Account of plague administration in the Bombay Presidency from September 1896 till May 1897
Year: 1896
Disease focus: Plague
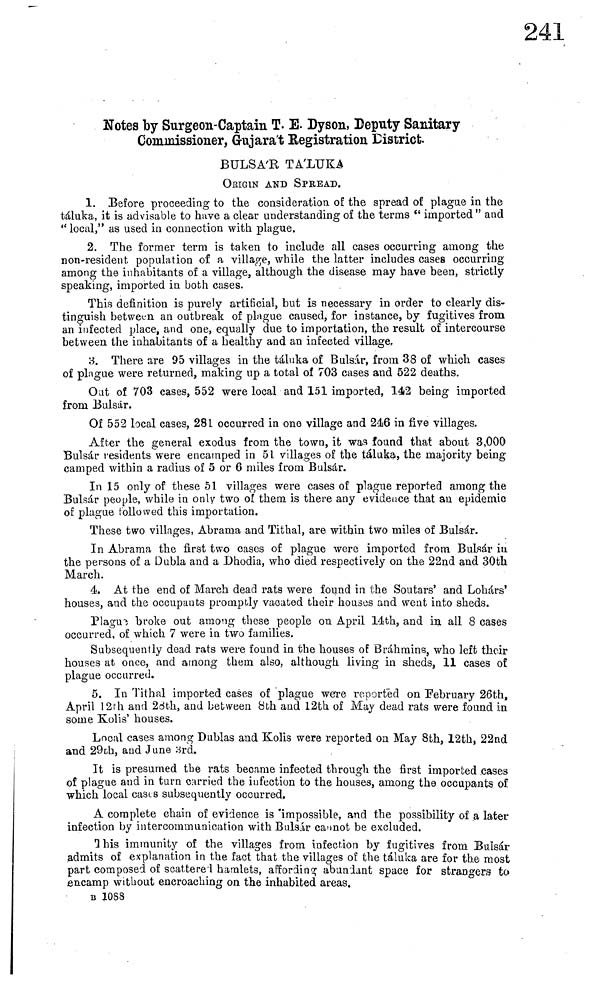
Notes by Surgeon-Captain T. E. Dyson, Deputy Sanitary
Commissioner, Gujara't Eegistration District
BULSA'R TA'LUKA
ORIGIN AND SPREAD.
1. Before proceeding to the consideration of the spread of plague in the
táluka, it is advisable to have a clear understanding of the terms "imported" and
" local," as used in connection with plague.
2. The former term is taken to include all cases occurring among the
non-resident population of a village, while the latter includes cases occurring
among the inhabitants of a village, although the disease may have been, strictly
speaking, imported in both cases.
This definition is purely artificial, but is necessary in order to clearly dis-
tinguish between an outbreak of plague caused, for instance, by fugitives from
an infected place, and one, equally due to importation, the result of intercourse
between the inhabitants of a healthy and an infected village,
3. There are 95 villages in the táluka of Bulsár, from 38 of which cases
of plague were returned, making up a total of 703 cases and 522 deaths.
Out of 703 cases, 552 were local and 151 imported, 142 being imported
from Bulsár.
Of 552 local cases, 281 occurred in one village and 246 in five villages.
After the general exodus from the town, it was found that about 3,000
Bulsár residents were encamped in 51 villages of the táluka, the majority being
camped within a radius of 5 or 6 miles from Bulsár.
In 15 only of these 51 villages were cases of plague reported among the
Bulsár people, while in only two of them is there any evidence that an epidemic
of plague followed this importation.
These two villages, Abrama and Tithal, are within two miles of Bulsár.
In Abrama the first two cases of plague were imported from Bulsár in
the persons of a Dubla and a Dhodia, who died respectively on the 22nd and 30th
March.
4. At the end of March dead rats were found in the Soutars' and Lohárs'
houses, and the occupants promptly vacated their houses and went into sheds.
Plague broke out among these people on April 14th, and in all 8 cases
occurred, of which 7 were in two families.
Subsequently dead rats were found in the houses of Bráhmins, who left their
houses at once, and among them also, although living in sheds, 11 cases of
plague occurred.
5. In Tithal imported cases of plague were reported on February 26th,
April 12th and 23th, and between 8th and 12th of May dead rats were found in
some Kolis' houses.
Local cases among Dublas and Kolis were reported on May 8th, 12th, 22nd
and 29th, and June 3rd.
It is presumed the rats became infected through the first imported cases
of plague and in turn carried the infection to the houses, among the occupants of
which local cases subsequently occurred.
A complete chain of evidence is impossible, and the possibility of a later
infection by intercommunication with Bulsár cannot be excluded.
This immunity of the villages from infection by fugitives from Bulsár
admits of explanation in the fact that the villages of the táluka are for the most
part composed of scattere'l hamlets, affording abundant space for strangers to
encamp without encroaching on the inhabited areas.
B 1088